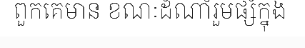
ពួកគេមាន ខណៈដំណាំរួមផ្សំក្នុង